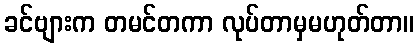
ခင်ဗျားက တမင်တကာ လုပ်တာမှမဟုတ်တာ။